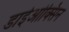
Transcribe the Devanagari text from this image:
डाईओक्सिन